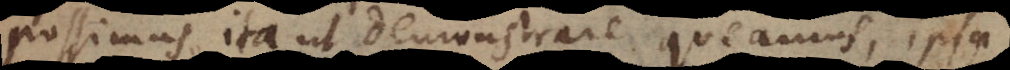
possimus, ita ut demonstrare queamus, ipsa